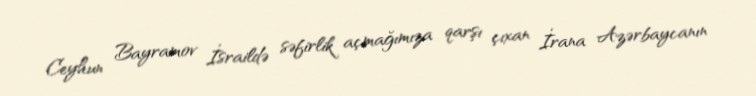
Ceyhun Bayramov İsraildə səfirlik açmağımıza qarşı çıxan İrana Azərbaycanın